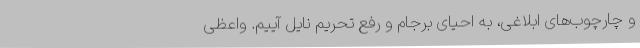
و چارچوب‌های ابلاغی،‌ به احیای برجام و رفع تحریم نایل آییم. واعظی